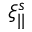
\xi _ { | | } ^ { s }